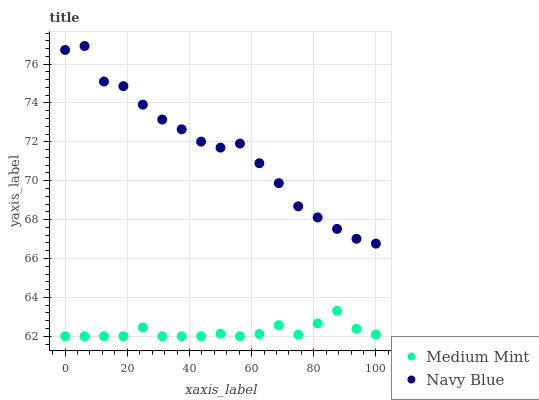
| xaxis_label | Medium Mint | Navy Blue |
 | --- | --- | --- |
 | 0 | 62 | 76.7 |
 | 6.25 | 62 | 76.9 |
 | 12.5 | 62 | 75.1 |
 | 18.8 | 62 | 74.9 |
 | 25 | 62.5 | 73.9 |
 | 31.2 | 62 | 73.1 |
 | 37.5 | 62 | 72.6 |
 | 43.8 | 62 | 72 |
 | 50 | 62.1 | 71.7 |
 | 56.2 | 62 | 71.9 |
 | 62.5 | 62.1 | 70.9 |
 | 68.8 | 62.6 | 69.9 |
 | 75 | 62.1 | 68.7 |
 | 81.2 | 62.7 | 68.1 |
 | 87.5 | 63.3 | 67.5 |
 | 93.8 | 62.4 | 67 |
 | 100 | 62.1 | 66.8 |